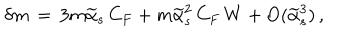
\delta m \, = \, 3 m \widetilde \alpha _ { s } \, C _ { F } + m \widetilde \alpha _ { s } ^ { 2 } \, C _ { F } \, W + \mathrm { O } ( \widetilde \alpha _ { s } ^ { 3 } ) \, ,